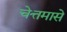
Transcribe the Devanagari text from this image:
चेत्तमासे